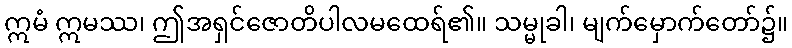
ဣမံ ဣမဿ၊ ဤအရှင်ဇောတိပါလမထေရ်၏။ သမ္မုခါ၊ မျက်မှောက်တော်၌။